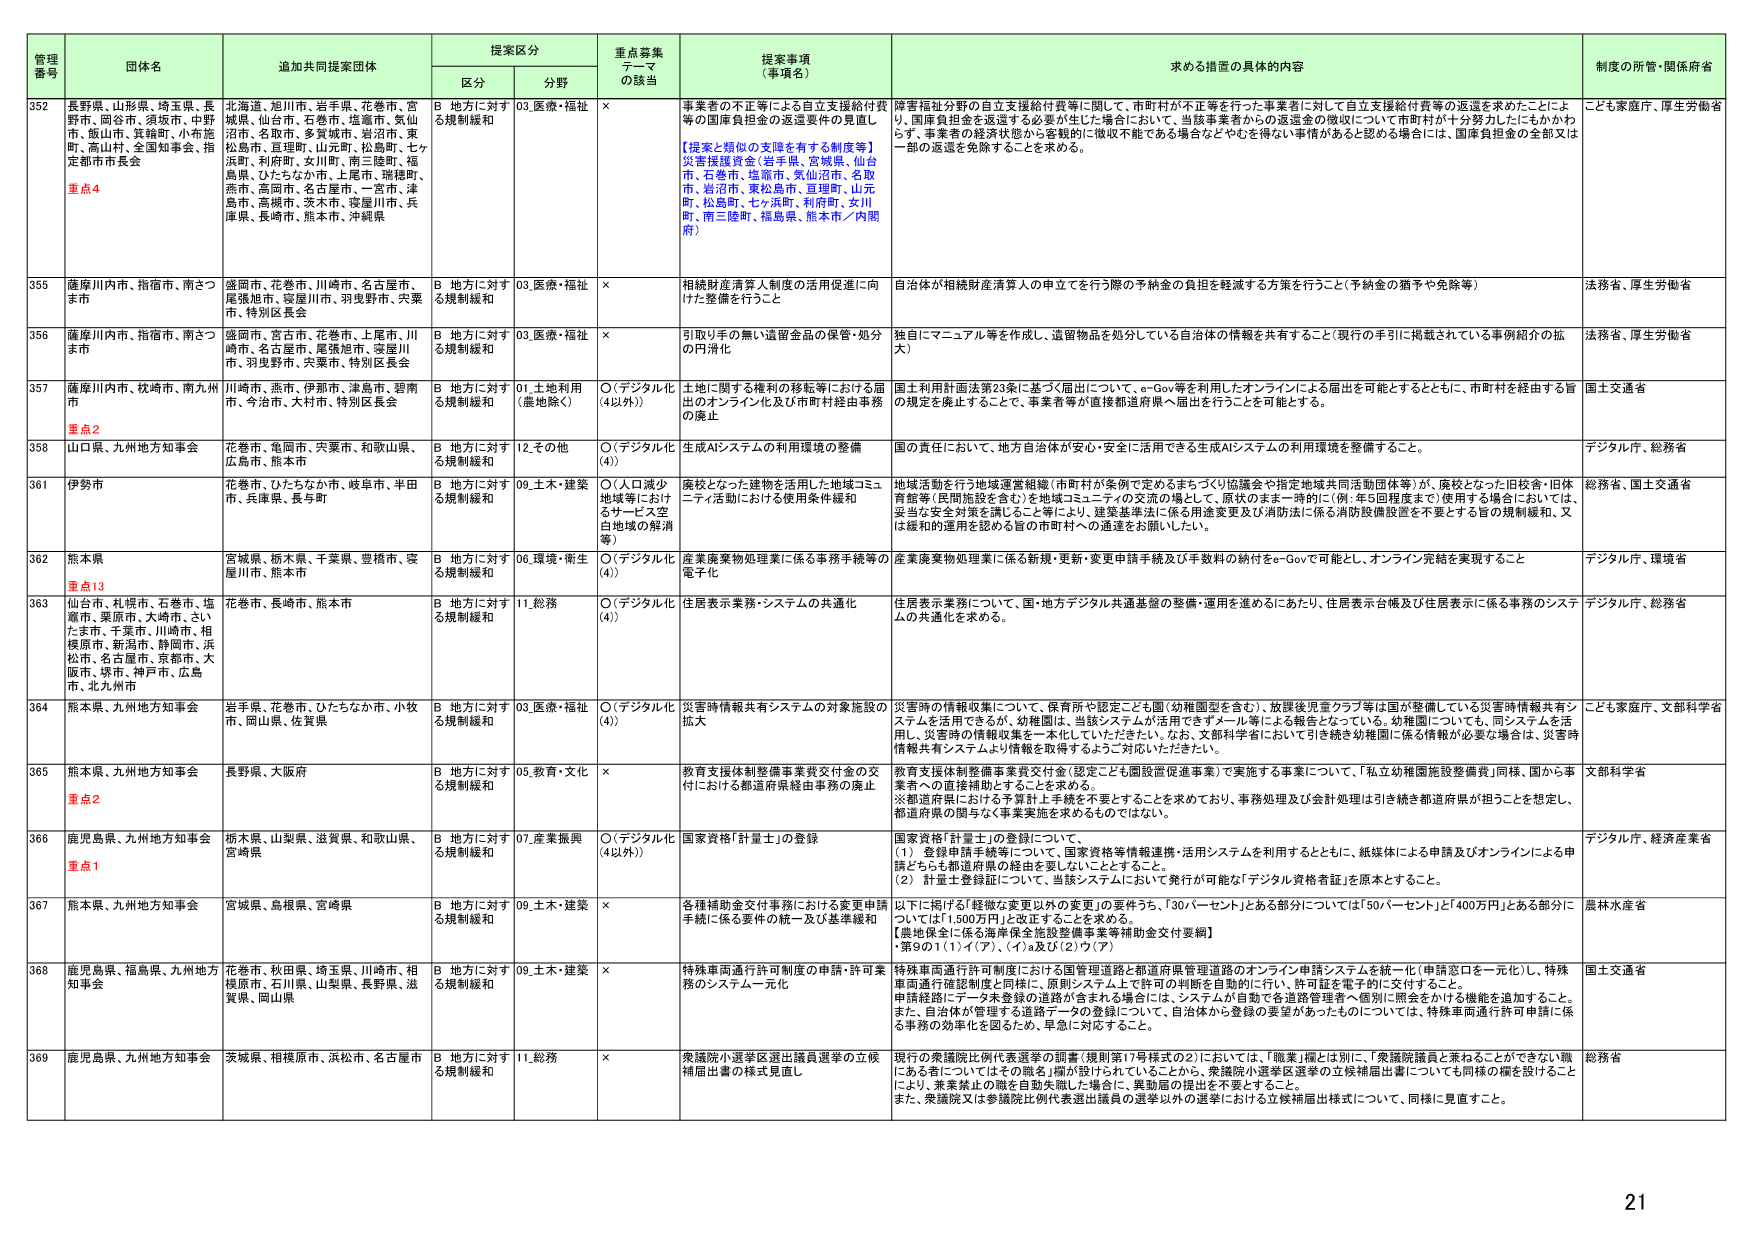
管理番号 団体名 追加共同提案団体 提案区分 重点募集テーマの該当 提案事項（事項名） 求める措置の具体的内容 制度の所管・関係府省
区分 分野
352 長野県、山形県、埼玉県、長野市、岡谷市、須坂市、中野市、飯山市、箕輪町、小布施町、高山村、全国知事会、指定都市市長会 重点4 北海道、旭川市、岩手県、花巻市、宮城県、仙台市、石巻市、塩竈市、気仙沼市、名取市、多賀城市、岩沼市、東松島市、亘理町、山元町、松島町、七ヶ浜町、利府町、女川町、南三陸町、福島県、ひたちなか市、上尾市、瑞穂町、燕市、高岡市、名古屋市、一宮市、津島市、高槻市、茨木市、寝屋川市、兵庫県、長崎市、熊本市、沖縄県 B 地方に対する規制緩和 03.医療・福祉 × 事業者の不正等による自立支援給付費等の国庫負担金の返還要件の見直し 【提案と類似の支援を有する制度等】 災害援護資金（岩手県、宮城県、仙台市、石巻市、塩竈市、気仙沼市、名取市、岩沼市、東松島市、亘理町、山元町、松島町、七ヶ浜町、利府町、女川町、南三陸町、福島県、熊本市／内閣府） 障害福祉分野の自立支援給付費等に関して、市町村が不正等を行った事業者に対して自立支援給付費等の返還を求めたことにより、国庫負担金を返還する必要が生じた場合において、当該事業者からの返還金の徴収について市町村が十分努力したにもかかわらず、事業者の経済状態から客観的に徴収不能である場合などやむを得ない事情があると認める場合には、国庫負担金の全部又は一部の返還を免除することを求める。 こども家庭庁、厚生労働省
355 薩摩川内市、指宿市、南さつま市 盛岡市、花巻市、川崎市、名古屋市、尾張旭市、寝屋川市、羽曳野市、宍粟市、特別区長会 B 地方に対する規制緩和 03.医療・福祉 × 相続財産清算人制度の活用促進に向けた整備を行うこと 自治体が相続財産清算人の申立てを行う際の予納金の負担を軽減する方策を行うこと（予納金の猶予や免除等） 法務省、厚生労働省
356 薩摩川内市、指宿市、南さつま市 盛岡市、宮古市、花巻市、上尾市、川崎市、名古屋市、尾張旭市、寝屋川市、羽曳野市、宍粟市、特別区長会 B 地方に対する規制緩和 03.医療・福祉 × 引取り手の無い遺留金品の保管・処分の円滑化 独自にマニュアル等を作成し、遺留物品を処分している自治体の情報を共有すること（現行の手引に掲載されている事例紹介の拡大） 法務省、厚生労働省
357 薩摩川内市、枕崎市、南九州市 重点2 川崎市、燕市、伊那市、津島市、碧南市、今治市、大村市、特別区長会 B 地方に対する規制緩和 01.土地利用（農地除く） ○（デジタル化（4以外）） 土地に関する権利の移転等における届出のオンライン化及び市町村経由事務の廃止 国土利用計画法第23条に基づく届出について、e-Gov等を利用したオンラインによる届出を可能とするとともに、市町村を経由する旨の規定を廃止することで、事業者等が直接都道府県へ届出を行うことを可能とする。 国土交通省
358 山口県、九州地方知事会 花巻市、亀岡市、天粟市、和歌山県、広島市、熊本市 B 地方に対する規制緩和 12.その他 ○（デジタル化（4）） 生成AIシステムの利用環境の整備 国の責任において、地方自治体が安心・安全に活用できる生成AIシステムの利用環境を整備すること。 デジタル庁、総務省
361 伊勢市 花巻市、ひたちなか市、岐阜市、半田市、兵庫県、長与町 B 地方に対する規制緩和 09.土木・建築 ○（人口減少地域等におけるサービス空白地域の解消等） 磨校となった建物を活用した地域コミュニティ活動における使用条件緩和 地域活動を行う地域運営組織（市町村が条例で定めるまちづくり協議会や指定地域共同活動団体等）が、廃校となった旧校舎・旧体育館等（民間施設を含む）を地域コミュニティの交流の場として、原状のまま一時的に（例：年5回程度まで）使用する場合においては、妥当な安全対策を講じること等により、建築基準法に係る用途変更及び消防法に係る消防設備設置を不要とする旨の規制緩和、又は緩和的の運用を認める旨の市町村への通達をお願いしたい。 総務省、国土交通省
362 熊本県 重点13 宮城県、栃木県、千葉県、豊橋市、寝屋川市、熊本市 B 地方に対する規制緩和 06.環境・衛生 ○（デジタル化（4）） 産業廃棄物処理業に係る事務手続きの電子化 産業廃棄物処理業に係る新規・更新・変更申請手続及び手数料の納付をe-Govで可能とし、オンライン完結を実現すること デジタル庁、環境省
363 仙台市、札幌市、石巻市、塩竈市、栗原市、大崎市、さいたま市、千葉市、川崎市、相模原市、新潟市、静岡市、浜松市、名古屋市、京都市、大阪市、堺市、神戸市、広島市、北九州市 花巻市、長崎市、熊本市 B 地方に対する規制緩和 11.総務 ○（デジタル化（4）） 住居表示業務・システムの共通化 住居表示業務について、国・地方デジタル共通基盤の整備・運用を進めるにあたり、住居表示台帳及び住居表示に係る事務のシステムの共通化を求める。 デジタル庁、総務省
364 熊本県、九州地方知事会 岩手県、花巻市、ひたちなか市、小牧市、岡山県、佐賀県 B 地方に対する規制緩和 03.医療・福祉 ○（デジタル化（4）） 災害時情報共有システムの対象施設の拡大 災害時の情報収集について、保育所や認定こども園（幼稚園型を含む）、放課後児童クラブ等は国が整備している災害時情報共有システムを活用できるが、幼稚園は、当該システムが活用できずメール等による報告となっている。幼稚園についても、同システムを活用し、災害時の情報収集を一本化していただきたい。なお、文部科学省において引き続き幼稚園に係る情報が必要な場合は、災害時情報共有システムより情報を取り寄せるようご対応いただきたい。 こども家庭庁、文部科学省
365 熊本県、九州地方知事会 重点2 長野県、大阪府 B 地方に対する規制緩和 05.教育・文化 × 教育支援体制整備事業費交付金の交付における都道府県経由事務の廃止 教育支援体制整備事業費交付金（認定こども園設置促進事業）で実施する事業について、「私立幼稚園施設整備費」同様、国から事業者への直接補助とすることを求める。 ※都道府県における予算計上手続を不要とすることを求めており、事務処理及び会計処理は引き続き都道府県が担うことを想定し、都道府県の関与なく事業実施を求めるものではない。 文部科学省
366 鹿児島県、九州地方知事会 重点1 栃木県、山梨県、滋賀県、和歌山県、宮崎県 B 地方に対する規制緩和 07.産業振興 ○（デジタル化（4以外）） 国家資格「計量士」の登録 国家資格「計量士」の登録について、 （1）登録申請手続等について、国家資格等情報連携・活用システムを利用するとともに、紙媒体による申請及びオンラインによる申請どちらも都道府県の経由を要しないこととする。 （2）計量士登録証について、当該システムにおいて発行が可能な「デジタル資格者証」を原本とすること。 デジタル庁、経済産業省
367 熊本県、九州地方知事会 宮城県、島根県、宮崎県 B 地方に対する規制緩和 09.土木・建築 × 各種補助金交付事務における変更申請手続に係る要件の統一及び基準緩和 以下に掲げる「経費を変更以外の変更」の要件うち、「30パーセント」とある部分については「50パーセント」と「400万円」とある部分については「1,500万円」と改正することを求める。 【農地保全に係る海岸保全施設整備事業等補助金交付要綱】 ・第9の1（1）イ（ア）、（イ）a及び（2）イ（ア） 農林水産省
368 鹿児島県、福島県、九州地方知事会 花巻市、秋田県、埼玉県、川崎市、相模原市、石川県、山梨県、長野県、滋賀県、岡山県 B 地方に対する規制緩和 09.土木・建築 × 特殊車両通行許可制度の申請・許可業務のシステム一元化 特殊車両通行許可制度における国管理道路と都道府県管理道路のオンライン申請システムを統一化（申請窓口を一元化）し、特殊車両通行確認制度と同様に、原則システム上で許可の判断を自動的に行い、許可証を電子的に交付すること。 申請経路にデータ未登録の道路が含まれる場合には、システムが自動で各道路管理者へ個別に照会をかける機能を追加すること。 また、自治体が管理する道路データの登録について、自治体から登録の要望があったものについては、特殊車両通行許可申請に係る事務の効率化を図るため、早急に対応すること。 国土交通省
369 鹿児島県、九州地方知事会 茨城県、相模原市、浜松市、名古屋市 B 地方に対する規制緩和 11.総務 × 衆議院小選挙区選出議員選挙の立候補届出書の様式見直し 現行の衆議院比例代表選挙の調書（規則第17号様式の2）において、「職業」欄とは別に、「衆議院議員と兼ねることができない職にある者についてはその職名」欄が設けられていることから、衆議院小選挙区選挙の立候補届出書についても同様の欄を設けることにより、兼業禁止の職を自動失職した場合に、異動届の提出を不要とすること。 また、衆議院又は参議院比例代表選出議員の選挙以外の選挙における立候補届出様式について、同様に見直すこと。 総務省
21